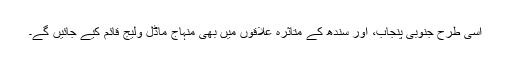
اسی طرح جنوبی پنجاب، اور سندھ کے متاثرہ علاقوں میں بھی منہاج ماڈل ولیج قائم کیے جائیں گے۔